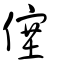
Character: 僿